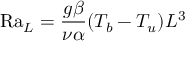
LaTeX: \mathrm { R a } _ { L } = { \frac { g \beta } { \nu \alpha } } ( T _ { b } - T _ { u } ) L ^ { 3 }